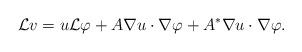
LaTeX: \begin{align*}{\mathcal L}v = u\mathcal L \varphi + A\nabla u\cdot \nabla \varphi + A^*\nabla u\cdot \nabla \varphi.\end{align*}